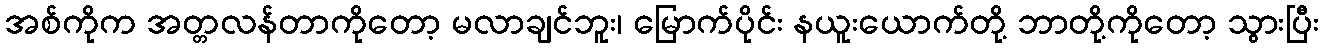
အစ်ကိုက အတ္တလန်တာကိုတော့ မလာချင်ဘူး၊ မြောက်ပိုင်း နယူးယောက်တို့ ဘာတို့ကိုတော့ သွားပြီး